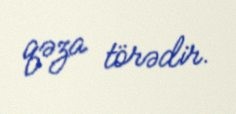
qəza törədir.